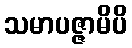
သမာပဇ္ဇာမိပိ